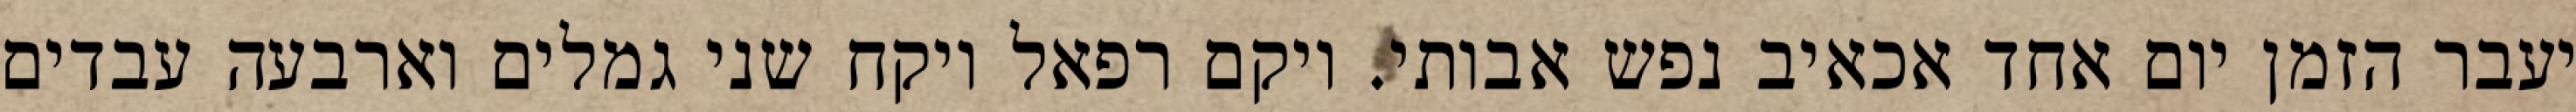
יעבר הזמן יום אחד אכאיב נפש אבותי. ויקם רפאל ויקח שני גמלים וארבעה עבדים